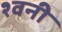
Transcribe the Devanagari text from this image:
श्वनी